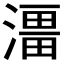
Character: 𭲔